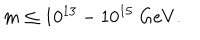
m \le 1 0 ^ { 1 3 } - 1 0 ^ { 1 5 } ~ { \mathrm { G } e V } .